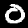
Label: 0